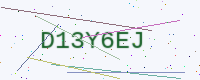
Text: D13Y6EJ